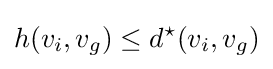
h(v_{i},v_{g})\leq d^{\star }(v_{i},v_{g})